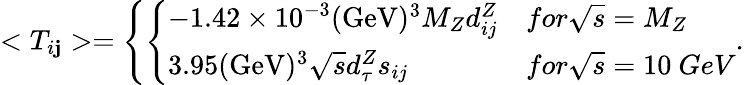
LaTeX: <T_{i\mathbf{j}}>=\left\{ \left\{ \begin{array}{ll}{{-1.42\times 10^{-3}(\mathrm{GeV})^{3}M_{Z}d_{ij}^{Z}}}&{{for\sqrt{s}=M_{Z}}}\\ {{3.95(\mathrm{GeV})^{3}\sqrt{s}d_{\tau}^{Z}s_{ij}}}&{{for\sqrt{s}=10~GeV}}\end{array}\right.\right..